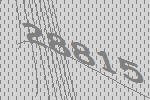
28815